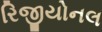
રિજીયોનલ